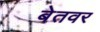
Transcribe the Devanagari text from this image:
बेतवर